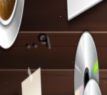
٠٠٩